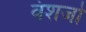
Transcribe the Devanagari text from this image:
वंशजोँ